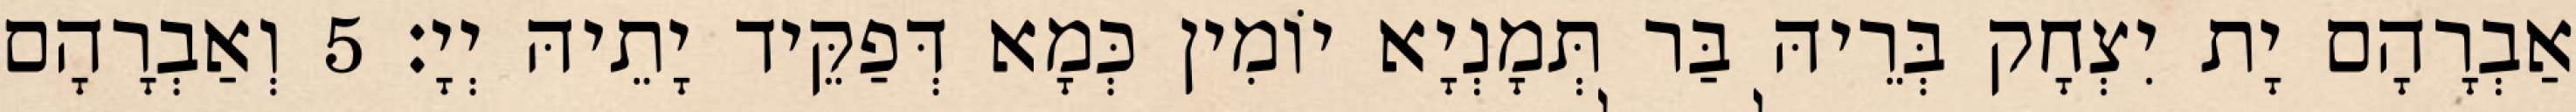
אַבְרָהָם יָת יִצְחָק בְּרֵיהּ בַּר תְּמָנְיָא יוֹמִין כְּמָא דְּפַקֵּיד יָתֵיהּ יְיָ׃ 5 וְאַבְרָהָם